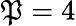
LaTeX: \mathfrak{P}=4